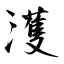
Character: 濩